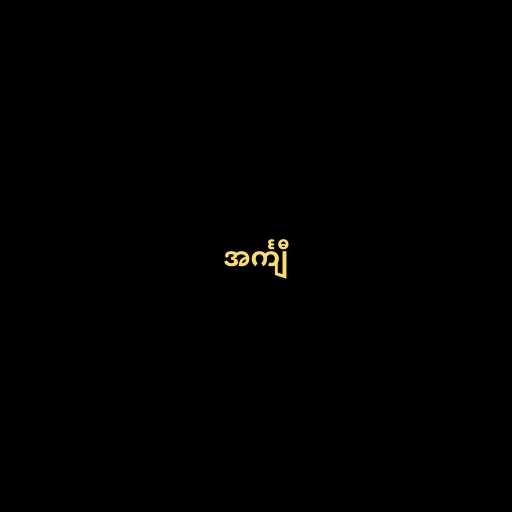
အင်္ကျီ